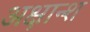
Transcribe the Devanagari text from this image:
अक्षान्श